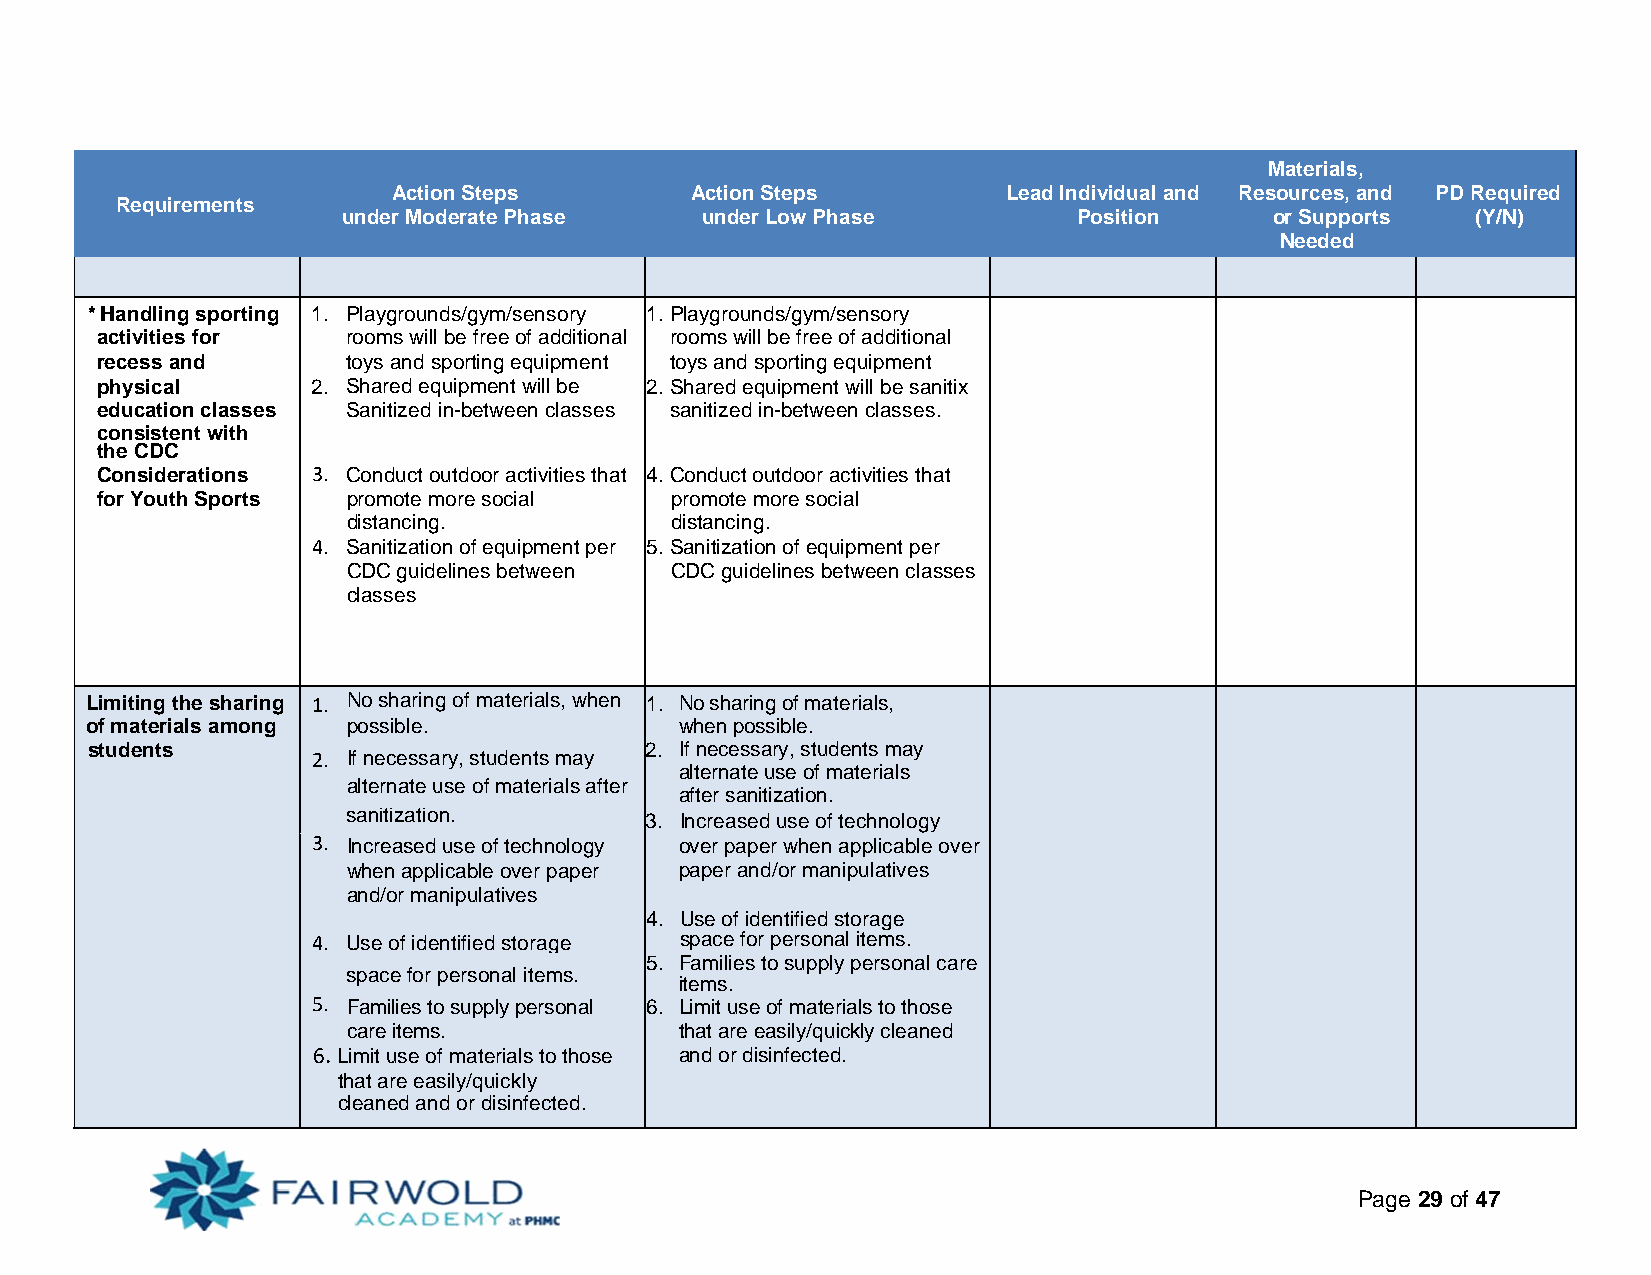
Materials,
 Action Steps        Action Steps         Lead Individual and Resources, and PD Required
 Requirements
 under Moderate Phase   under Low Phase          Position     or Supports   (Y/N)
 Needed
 * Handling sporting 1. Playgrounds/gym/sensory 1. Playgrounds/gym/sensory
 activities for   rooms will be free of additional rooms will be free of additional
 recess and       toys and sporting equipment toys and sporting equipment
 physical       2. Shared equipment will be 2. Shared equipment will be sanitix
 education classes sSaanniittiizzeedd in-between classes sanitized in-between classes.
 consistent with
 the CDC
 Considerations 3. Conduct outdoor activities that 4. Conduct outdoor activities that
 for Youth Sports promote more social  promote more social
 distancing.          distancing.
 4. Sanitization of equipment per 5. Sanitization of equipment per
 CDC guidelines between CDC guidelines between classes
 classes
 Limiting the sharing 1. No sharing of materials, when 1. No sharing of materials,
 of materials among possible.           when possible.
 students                             2. If necessary, students may
 2. If necessary, students may
 alternate use of materials
 alternate use of materials after
 after sanitization.
 sanitization.       3. Increased use of technology
 3. Increased use of technology over paper when applicable over
 when applicable over paper paper and/or manipulatives
 and/or manipulatives
 4. Use of identified storage
 4. Use of identified storage space for personal items.
 5. Families to supply personal care
 space for personal items.
 items.
 5. Families to supply personal 6. Limit use of materials to those
 care items.           that are easily/quickly cleaned
 6. Limit use of materials to those and or disinfected.
 that are easily/quickly
 cleaned and or disinfected.
 Page 29 of 47